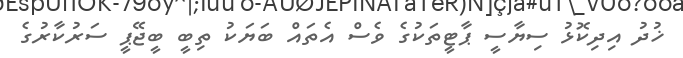
ޚުދު އިދިކޮޅު ސިޔާސީ ޕާޓީތަކުގެ ވެސް އެތައް ބަޔަކު ތިބީ ބީޖޭޕީ ސަރުކާރުގެ